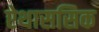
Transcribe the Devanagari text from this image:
ऐथाससिक